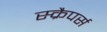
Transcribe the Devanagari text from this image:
स्क्रैपर्स